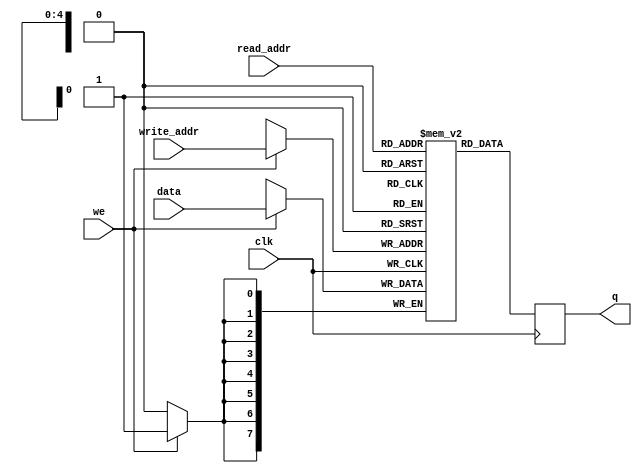
module RAM
#(parameter DATA_WIDTH=8, parameter ADDR_WIDTH=5)
(
	input [(DATA_WIDTH-1):0] data,
	input [(ADDR_WIDTH-1):0] read_addr, write_addr,
	input we, clk,
	output reg [(DATA_WIDTH-1):0] q
);

	// Declare the RAM variable
	reg [DATA_WIDTH-1:0] ram[2**ADDR_WIDTH-1:0];

	always @ (posedge clk)
	begin
		// Write
		if (we)
			ram[write_addr] <= data;

		// Read (if read_addr == write_addr, return OLD data).	To return
		// NEW data, use = (blocking write) rather than <= (non-blocking write)
		// in the write assignment.	 NOTE: NEW data may require extra bypass
		// logic around the RAM.
		q <= ram[read_addr];
	end

endmodule